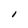
Character: I